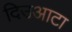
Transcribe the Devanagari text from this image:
दिउआटा